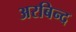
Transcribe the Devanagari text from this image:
अरबिन्द